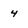
Character: 4